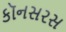
કૉનસરસ